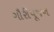
ગૌરીપૂજન